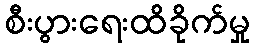
စီးပွားရေးထိခိုက်မှု